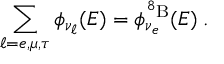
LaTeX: \sum _ { \ell = e , \mu , \tau } \phi _ { \nu _ { \ell } } ( E ) = \phi _ { \nu _ { e } } ^ { ^ 8 \mathrm { B } } ( E ) \; .